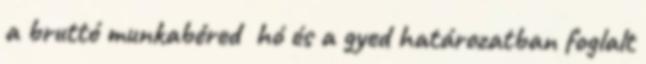
a bruttó munkabéred hó és a gyed határozatban foglalt